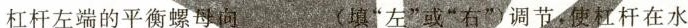
杠杆左端的平衡螺母向___ (填”左”或”右”调节，使杠杆在水